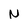
Character: N